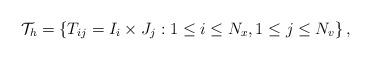
LaTeX: \begin{align*}\mathcal{T}_{h} = \left\{ T_{ij} = I_i \times J_j : 1 \leq i \leq N_x, 1 \leq j \leq N_v \right\},\end{align*}